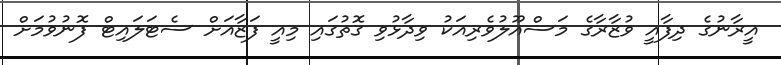
އީރާނުގެ ދިފާއީ ވުޒާރާގެ މަސްއޫލުވެރިއަކު ވިދާޅުވި ގޮތުގައި މިއީ ފަޒާއަށް ސެޓަލައިޓް ފޮނުވުމަށް